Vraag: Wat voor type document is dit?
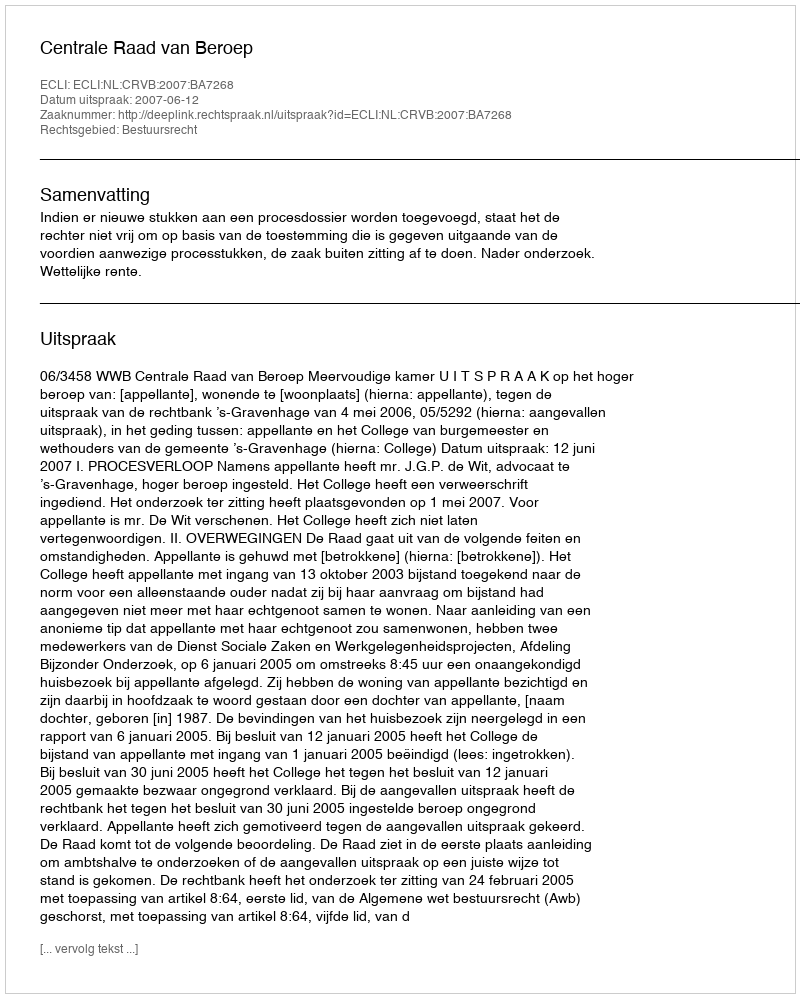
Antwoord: Uitspraak